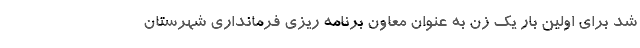
شد برای اولین بار یک زن به عنوان معاون برنامه ریزی فرمانداری شهرستان